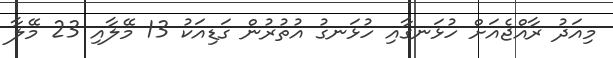
މިއަދު ރާއްޖެއަށް ހުޅަނގާއި ހުޅަނގު އުތުރުން ގަޑިއަކު 13 މޭލާއި 23 މޭލާ